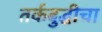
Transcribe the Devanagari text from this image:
तर्कबुद्धीचा